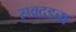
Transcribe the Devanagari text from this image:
सवदडचा